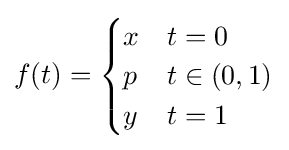
f(t)={\begin{cases}x&t=0\\p&t\in (0,1)\\y&t=1\end{cases}}